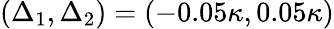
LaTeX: (\Delta_{1},\Delta_{2})=(-0.05\kappa,0.05\kappa)